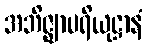
အဘိဇ္ဈာပရိယုဋ္ဌာနံ